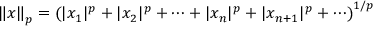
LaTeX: \left\| x \right\| _ { p } = \left( | x _ { 1 } | ^ { p } + | x _ { 2 } | ^ { p } + \cdots + | x _ { n } | ^ { p } + | x _ { n + 1 } | ^ { p } + \cdots \right) ^ { 1 / p }